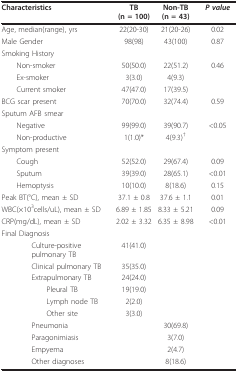
<table><thead><tr><td><b>Characteristics</b></td><td><b>TB (n = 100)</b></td><td><b>Non-TB (n = 43)</b></td><td><b><i>P value</i></b></td></tr></thead><tbody><tr><td>Age, median(range), yrs</td><td>22(20-30)</td><td>21(20-26)</td><td>0.02</td></tr><tr><td>Male Gender</td><td>98(98)</td><td>43(100)</td><td>0.87</td></tr><tr><td>Smoking History</td><td></td><td></td><td></td></tr><tr><td> Non-smoker</td><td>50(50.0)</td><td>22(51.2)</td><td>0.46</td></tr><tr><td> Ex-smoker</td><td>3(3.0)</td><td>4(9.3)</td><td></td></tr><tr><td> Current smoker</td><td>47(47.0)</td><td>17(39.5)</td><td></td></tr><tr><td>BCG scar present</td><td>70(70.0)</td><td>32(74.4)</td><td>0.59</td></tr><tr><td>Sputum AFB smear</td><td></td><td></td><td></td></tr><tr><td> Negative</td><td>99(99.0)</td><td>39(90.7)</td><td>&lt;0.05</td></tr><tr><td> Non-productive</td><td>1(1.0)*</td><td>4(9.3)<sup>†</sup></td><td></td></tr><tr><td>Symptom present</td><td></td><td></td><td></td></tr><tr><td> Cough</td><td>52(52.0)</td><td>29(67.4)</td><td>0.09</td></tr><tr><td> Sputum</td><td>39(39.0)</td><td>28(65.1)</td><td>&lt;0.01</td></tr><tr><td> Hemoptysis</td><td>10(10.0)</td><td>8(18.6)</td><td>0.15</td></tr><tr><td>Peak BT(°C), mean ± SD</td><td>37.1 ± 0.8</td><td>37.6 ± 1.1</td><td>0.01</td></tr><tr><td>WBC(×10<sup>3</sup>cells/uL), mean ± SD</td><td>6.89 ± 1.85</td><td>8.33 ± 5.21</td><td>0.09</td></tr><tr><td>CRP(mg/dL), mean ± SD</td><td>2.02 ± 3.32</td><td>6.35 ± 8.98</td><td>&lt;0.01</td></tr><tr><td>Final Diagnosis</td><td></td><td></td><td></td></tr><tr><td>Culture-positive pulmonary TB</td><td>41(41.0)</td><td></td><td></td></tr><tr><td>Clinical pulmonary TB</td><td>35(35.0)</td><td></td><td></td></tr><tr><td>Extrapulmonary TB</td><td>24(24.0)</td><td></td><td></td></tr><tr><td>Pleural TB</td><td>19(19.0)</td><td></td><td></td></tr><tr><td>Lymph node TB</td><td>2(2.0)</td><td></td><td></td></tr><tr><td>Other site</td><td>3(3.0)</td><td></td><td></td></tr><tr><td>Pneumonia</td><td></td><td>30(69.8)</td><td></td></tr><tr><td>Paragonimiasis</td><td></td><td>3(7.0)</td><td></td></tr><tr><td>Empyema</td><td></td><td>2(4.7)</td><td></td></tr><tr><td>Other diagnoses</td><td></td><td>8(18.6)</td><td></td></tr></tbody></table>